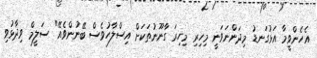
އެހެންވީމާ އަޅުގަނޑު މިދަންނަވަނީ މިހިރި މިހިރަ ގާނޫނުތަކަށް އިސްލާހުވެސް ބޭނުންވެއޭ" ސަލީމް ވިދާޅުވި